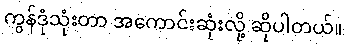
ကွန်ဒုံသုံးတာ အကောင်းဆုံးလို့ ဆိုပါတယ်။